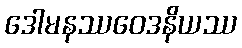
ဒေါမနဿဝေဒနိယဿ